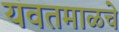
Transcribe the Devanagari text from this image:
यवतमाळचे